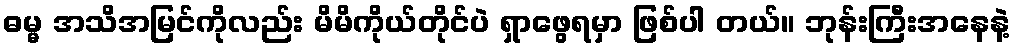
ဓမ္မ အသိအမြင်ကိုလည်း မိမိကိုယ်တိုင်ပဲ ရှာဖွေရမှာ ဖြစ်ပါ တယ်။ ဘုန်းကြီးအနေနဲ့